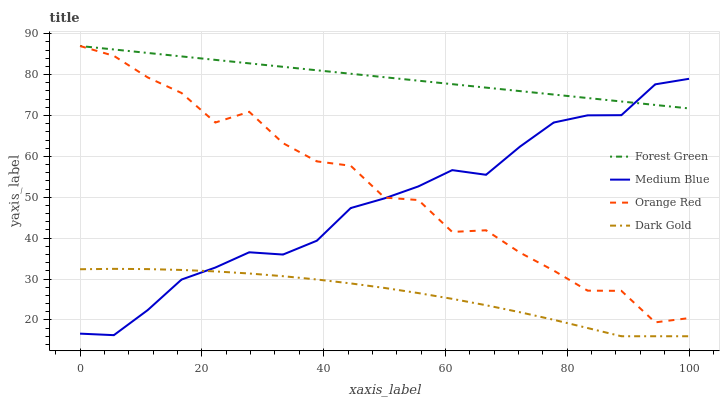
| xaxis_label | Forest Green | Medium Blue | Orange Red | Dark Gold |
 | --- | --- | --- | --- | --- |
 | 0 | 87 | 16.6 | 87 | 32.4 |
 | 5.56 | 86.2 | 16.3 | 84.6 | 32.5 |
 | 11.1 | 85.3 | 22.4 | 79.3 | 32.4 |
 | 16.7 | 84.5 | 29.9 | 75.5 | 32.2 |
 | 22.2 | 83.6 | 32.8 | 68.3 | 31.9 |
 | 27.8 | 82.8 | 36.5 | 70.9 | 31.4 |
 | 33.3 | 81.9 | 36 | 63.2 | 30.7 |
 | 38.9 | 81.1 | 39.4 | 58.8 | 29.9 |
 | 44.4 | 80.2 | 47.4 | 57.7 | 28.9 |
 | 50 | 79.4 | 49.7 | 49.9 | 27.8 |
 | 55.6 | 78.5 | 52.7 | 49.3 | 26.6 |
 | 61.1 | 77.7 | 56.6 | 41.5 | 25.1 |
 | 66.7 | 76.8 | 55.5 | 41.9 | 23.6 |
 | 72.2 | 76 | 62.4 | 36.5 | 21.9 |
 | 77.8 | 75.1 | 68.3 | 32.1 | 20 |
 | 83.3 | 74.3 | 70 | 27.2 | 18 |
 | 88.9 | 73.4 | 70.1 | 27.1 | 16 |
 | 94.4 | 72.6 | 77.6 | 19.4 | 16 |
 | 100 | 71.7 | 79 | 20.4 | 16 |